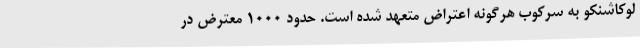
لوکاشنکو به سرکوب هرگونه اعتراض متعهد شده است. حدود 1000 معترض در